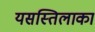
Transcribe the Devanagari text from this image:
यसस्तिलाका